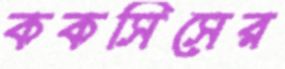
ককসিসের